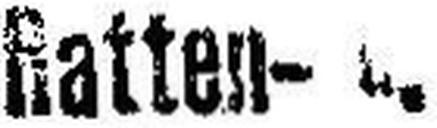
Ratten-